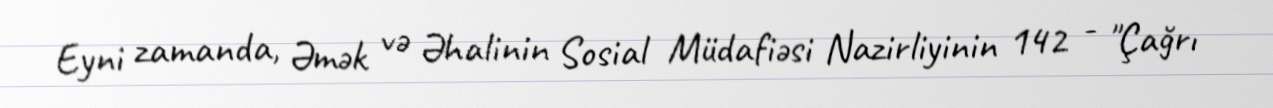
Eyni zamanda, Əmək və Əhalinin Sosial Müdafiəsi Nazirliyinin 142 - "Çağrı